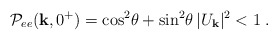
\begin{align*} {\cal P}_{ee}({\bf k},0^+)= \cos^2\!\theta + \sin^2\!\theta\, |U_{\bf k}|^2 < 1 \;.\end{align*}